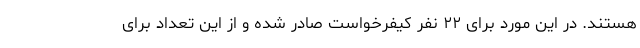
هستند. در این مورد برای ۲۲ نفر کیفرخواست صادر شده و از این تعداد برای